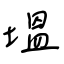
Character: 塭